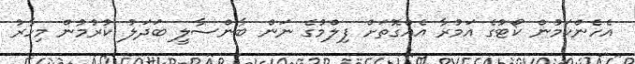
އެހެންކަމުން ކޯޓުގެ އަމުރާ އެއްގޮތަށް ފިލްމުގެ ނަން ބާންސާލީ ބަދަލު ކުރުމުން މިހާރު